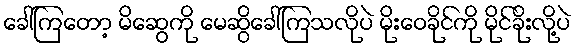
ခေါ်ကြတော့ မိဆွေကို မေဆွိခေါ်ကြသလိုပဲ မိုးဝေခိုင်ကို မိုင်ခိုးလို့ပဲ